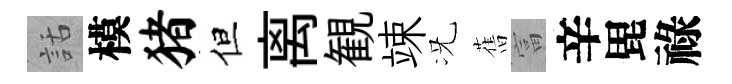
話模猪但离観竦况𦾔富辛毘祿